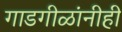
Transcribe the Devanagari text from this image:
गाडगीळांनीही